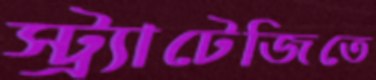
স্ট্র্যাটেজিতে